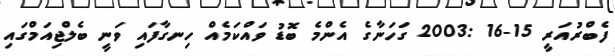
ފެބްރުއަރީ 15-16 :2003 ގަހަނާގެ އެންމެ ބޮޑު ވައްކަމެއް ހިނގާފައި ވަނީ ބެލްޖިއަމްގައި